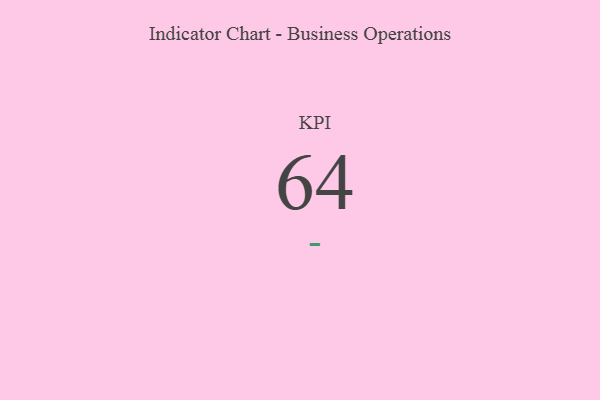
{"axis": {"x": "KPI", "y": "Value"}, "legend": [""], "data": [{"x": "KPI", "y": 64, "type": ""}]}